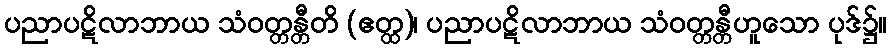
ပညာပဋိလာဘာယ သံဝတ္တန္တီတိ (ဧတ္ထ)၊ ပညာပဋိလာဘာယ သံဝတ္တန္တီဟူသော ပုဒ်၌။